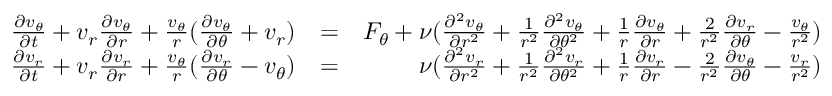
\begin{array} { r l r } { \frac { \partial v _ { \theta } } { \partial t } + v _ { r } \frac { \partial v _ { \theta } } { \partial r } + \frac { v _ { \theta } } { r } ( \frac { \partial v _ { \theta } } { \partial \theta } + v _ { r } ) } & { = } & { F _ { \theta } + \nu ( \frac { \partial ^ { 2 } v _ { \theta } } { \partial r ^ { 2 } } + \frac { 1 } { r ^ { 2 } } \frac { \partial ^ { 2 } v _ { \theta } } { \partial \theta ^ { 2 } } + \frac { 1 } { r } \frac { \partial v _ { \theta } } { \partial r } + \frac { 2 } { r ^ { 2 } } \frac { \partial v _ { r } } { \partial \theta } - \frac { v _ { \theta } } { r ^ { 2 } } ) } \\ { \frac { \partial v _ { r } } { \partial t } + v _ { r } \frac { \partial v _ { r } } { \partial r } + \frac { v _ { \theta } } { r } ( \frac { \partial v _ { r } } { \partial \theta } - v _ { \theta } ) } & { = } & { \nu ( \frac { \partial ^ { 2 } v _ { r } } { \partial r ^ { 2 } } + \frac { 1 } { r ^ { 2 } } \frac { \partial ^ { 2 } v _ { r } } { \partial \theta ^ { 2 } } + \frac { 1 } { r } \frac { \partial v _ { r } } { \partial r } - \frac { 2 } { r ^ { 2 } } \frac { \partial v _ { \theta } } { \partial \theta } - \frac { v _ { r } } { r ^ { 2 } } ) } \end{array}